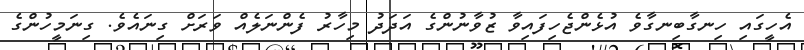
އެހީގައި ހިނގާބިނގާވެ އުޅެންޖެހިފައިވާ ޒުވާނުންގެ އަދަދު މިހާރު ފެންނަލެއް ވަރަށް ގިނައެވެ. ގިނަމީހުންގެ